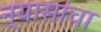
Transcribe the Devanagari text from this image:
न्यासांचा